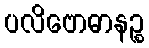
ပလိဗောဓာနဉ္စ